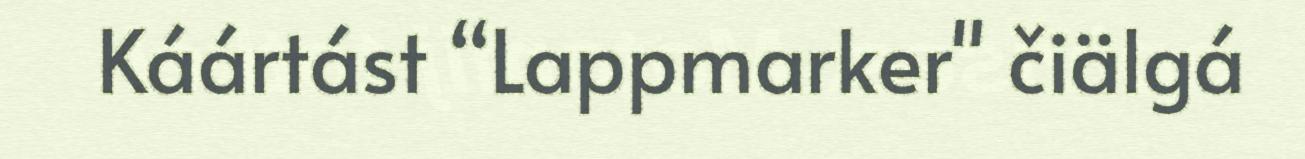
Káártást “Lappmarker" čiälgá